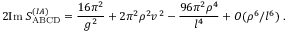
2 \mathrm { I m } \; S _ { \mathrm { A B C D } } ^ { ( I A ) } = \frac { 1 6 \pi ^ { 2 } } { g ^ { 2 } } + 2 \pi ^ { 2 } \rho ^ { 2 } v ^ { 2 } - \frac { 9 6 \pi ^ { 2 } \rho ^ { 4 } } { l ^ { 4 } } + O ( \rho ^ { 6 } / l ^ { 6 } ) \; .